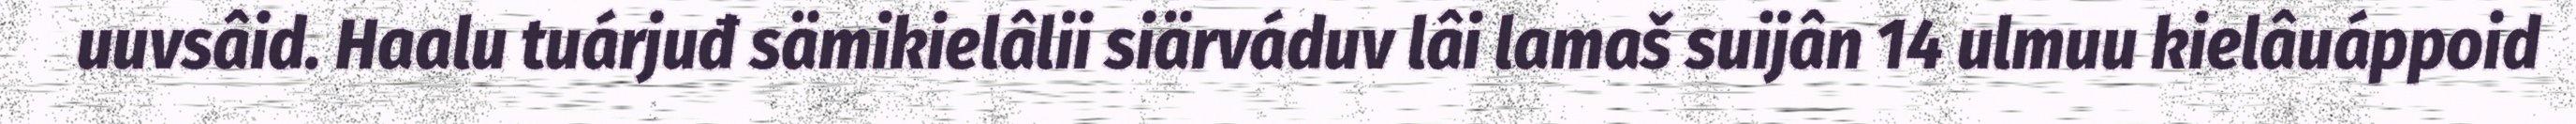
uuvsâid. Haalu tuárjuđ sämikielâlii siärváduv lâi lamaš suijân 14 ulmuu kielâuáppoid